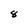
Character: 8